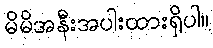
မိမိအနီးအပါးထားရှိပါ။